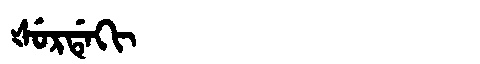
Manchu: ᡧᡠᡵᡩᡝᡴᡳ
Romanization: ŠURDEKI